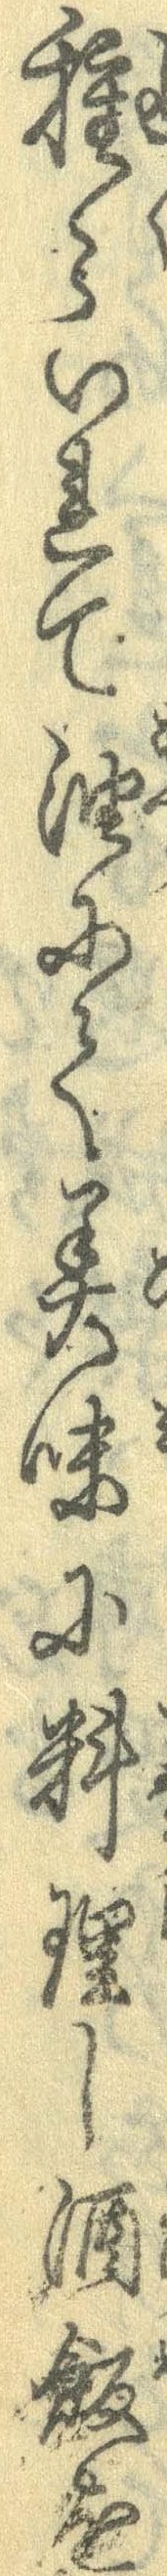
種々いれて油にて美味に料理し酒飯を